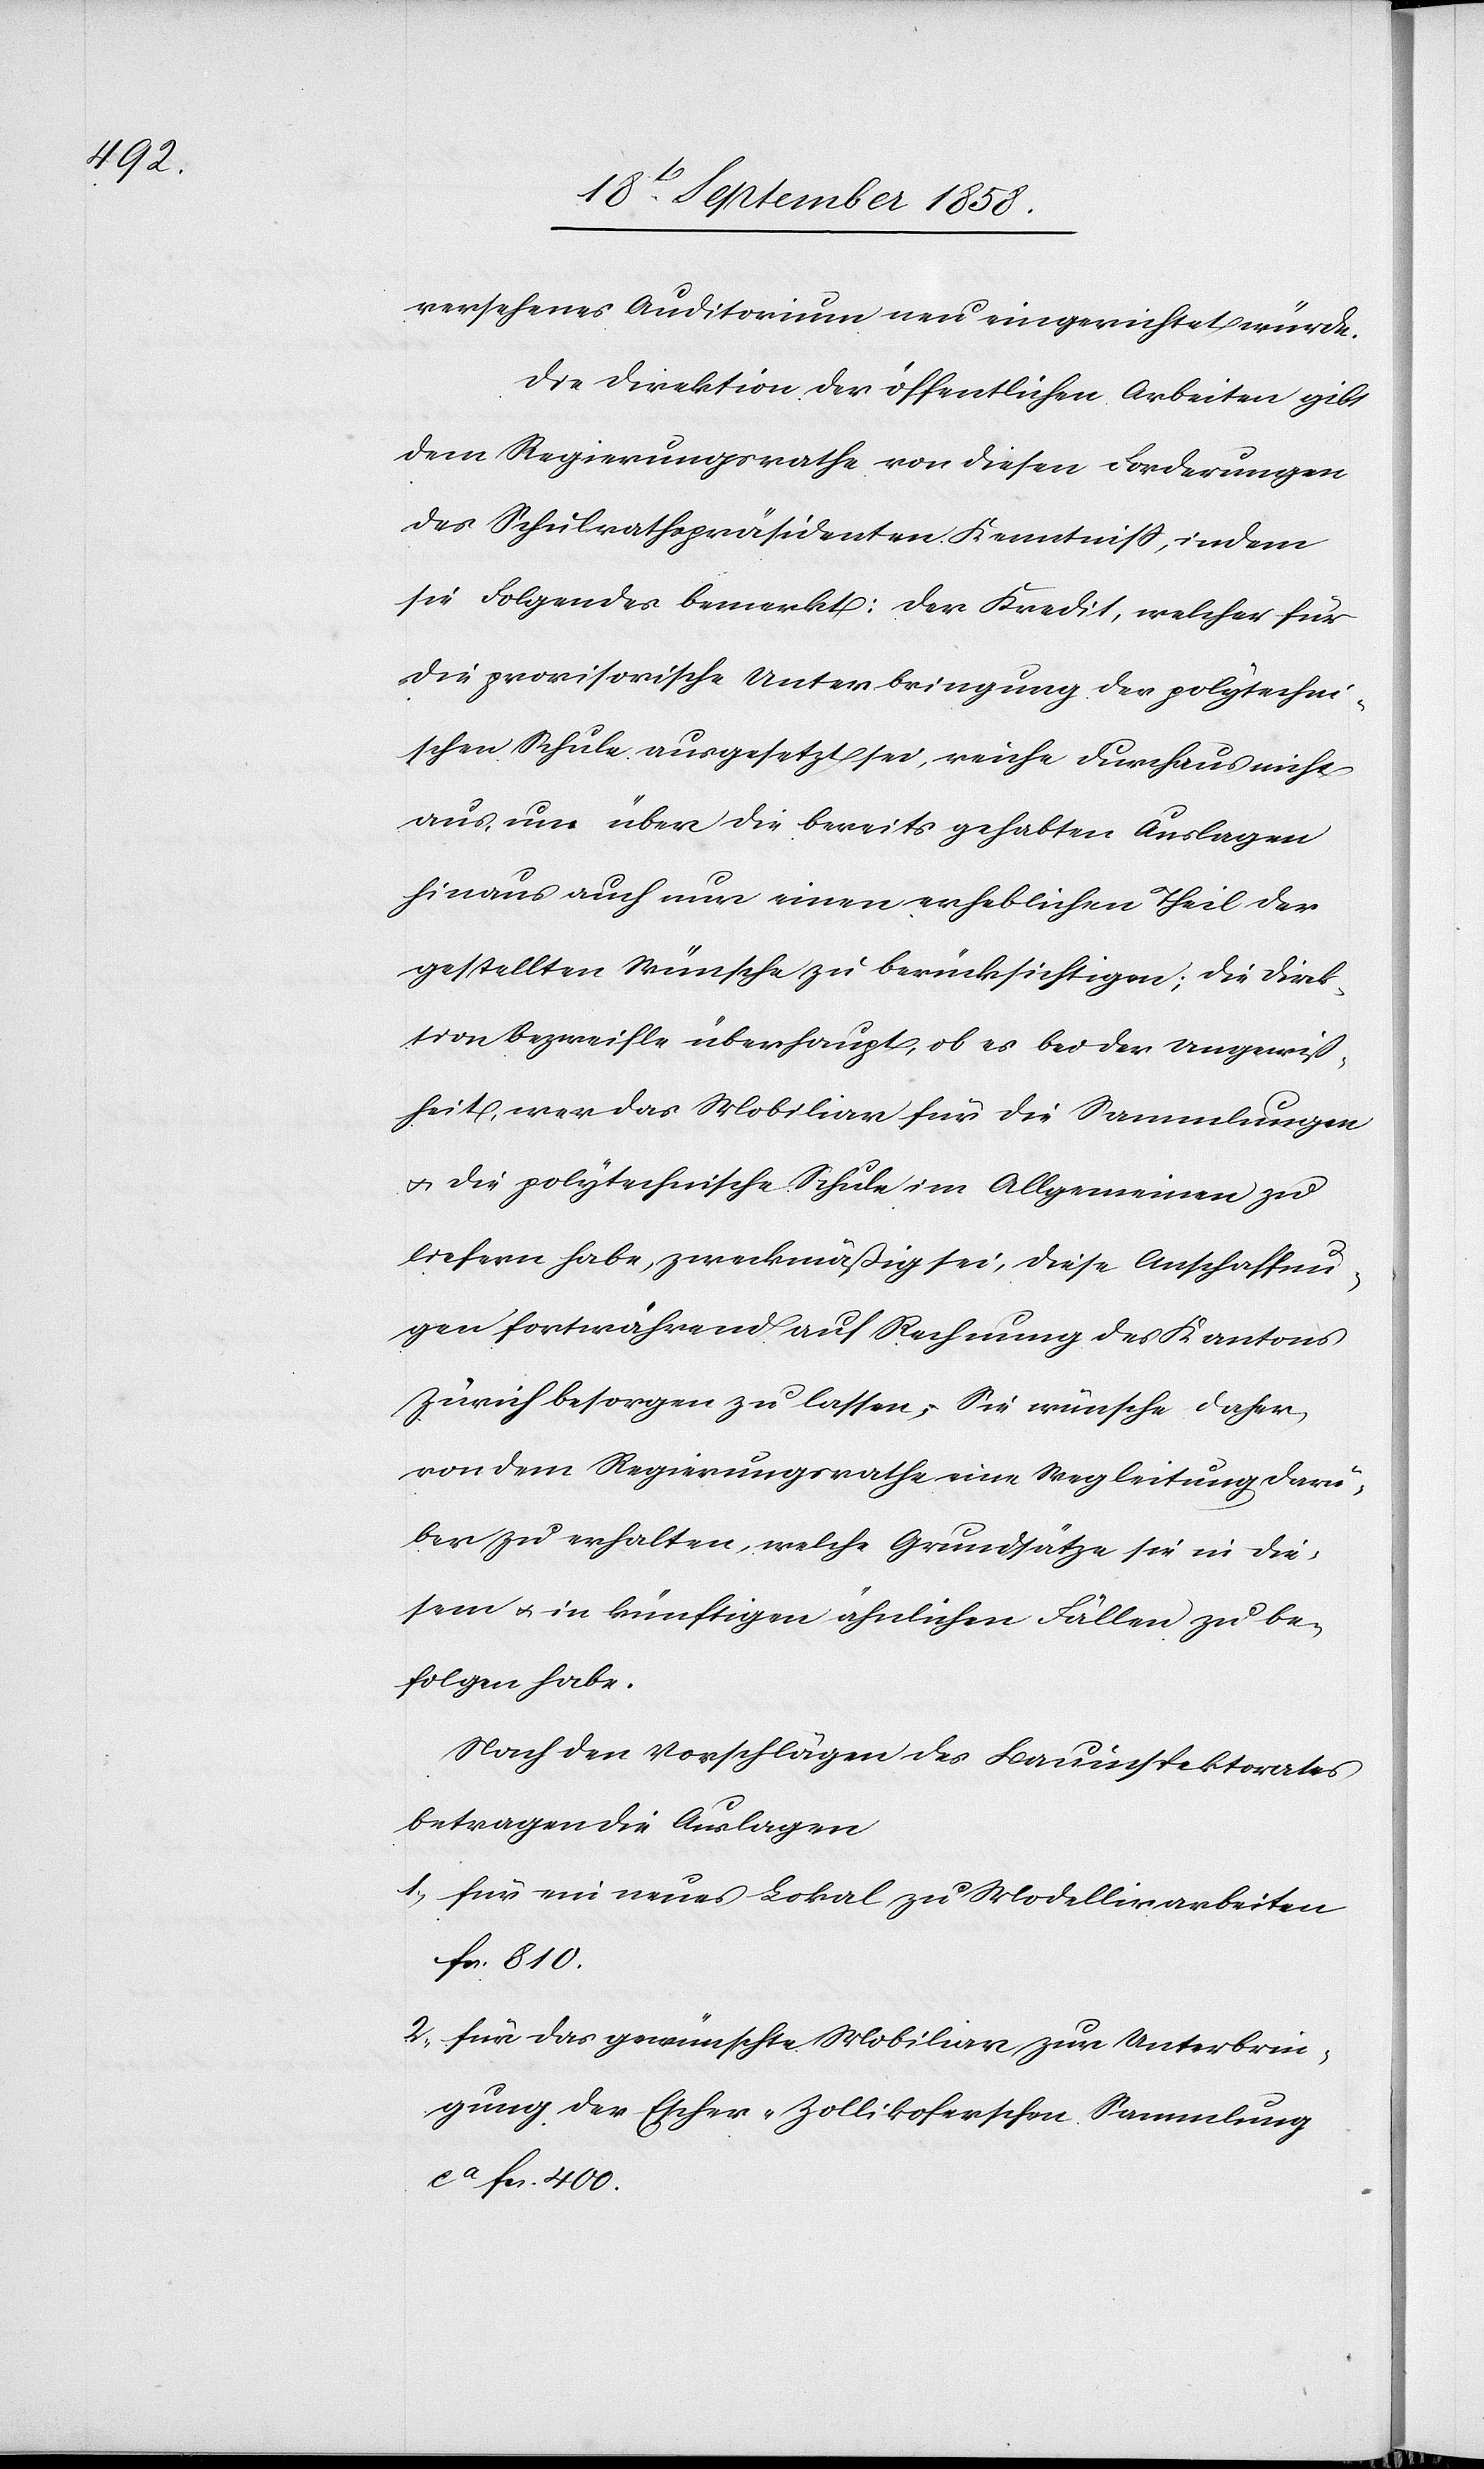
versehenes Auditorium neu eingerichtet würde.
Die Direktion der öffentlichen Arbeiten gibt
dem Regierungsrathe von diesen Forderungen
des Schulrathspräsidenten Kenntniss, indem
sie Folgendes bemerkt: Der Kredit, welcher für
die provisorische Unterbringung der polytechni¬
schen Schule ausgesetzt sei, reiche durchaus nicht
aus, um über die bereits gehabten Auslagen
hinaus auch nur einen erheblichen Theil der
gestellten Wünsche zu berücksichtigen; die Direk¬
tion bezweifle überhaupt, ob es bei der Ungewiß¬
heit, wer das Mobiliar für die Sammlungen
& die polytechnische Schule im Allgemeinen zu
liefern habe, zweckmäßig sei, diese Anschaffun¬
gen fortwährend auf Rechnung des Kantons
Zürich besorgen zu lassen. Sie wünsche daher,
von dem Regierungsrathe eine Wegleitung darü¬
ber zu erhalten, welche Grundsätze sie in die¬
sem & in künftigen ähnlichen Fällen zu be¬
folgen habe.
Nach den Vorschlägen des Bauinspektorates
betragen die Auslagen
für ein neues Lokal zu Modellirarbeiten
fcs. 810.
für das gewünschte Mobiliar zur Unterbrin¬
gung der Escher-Zollikoferschen Sammlung
ca fcs. 400.